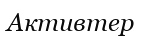
Активтер